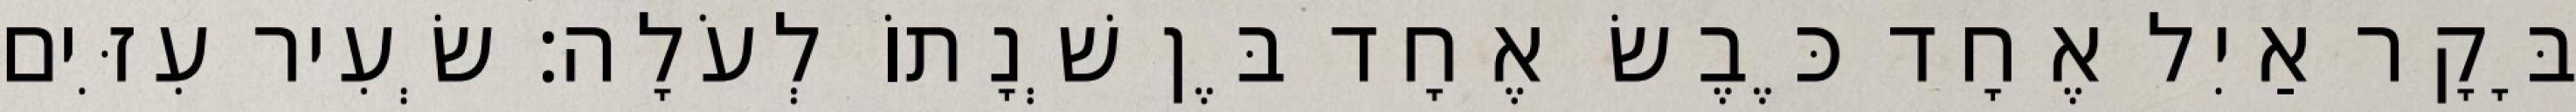
בָּקָר אַיִל אֶחָד כֶּבֶשׂ אֶחָד בֶּן שְׁנָתוֹ לְעֹלָה׃ שְׂעִיר עִזִּים